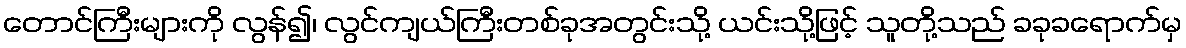
တောင်ကြီးများကို လွန်၍၊ လွင်ကျယ်ကြီးတစ်ခုအတွင်းသို့ ယင်းသို့ဖြင့် သူတို့သည် ခခုခရောက်မှ